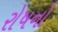
રોષનો